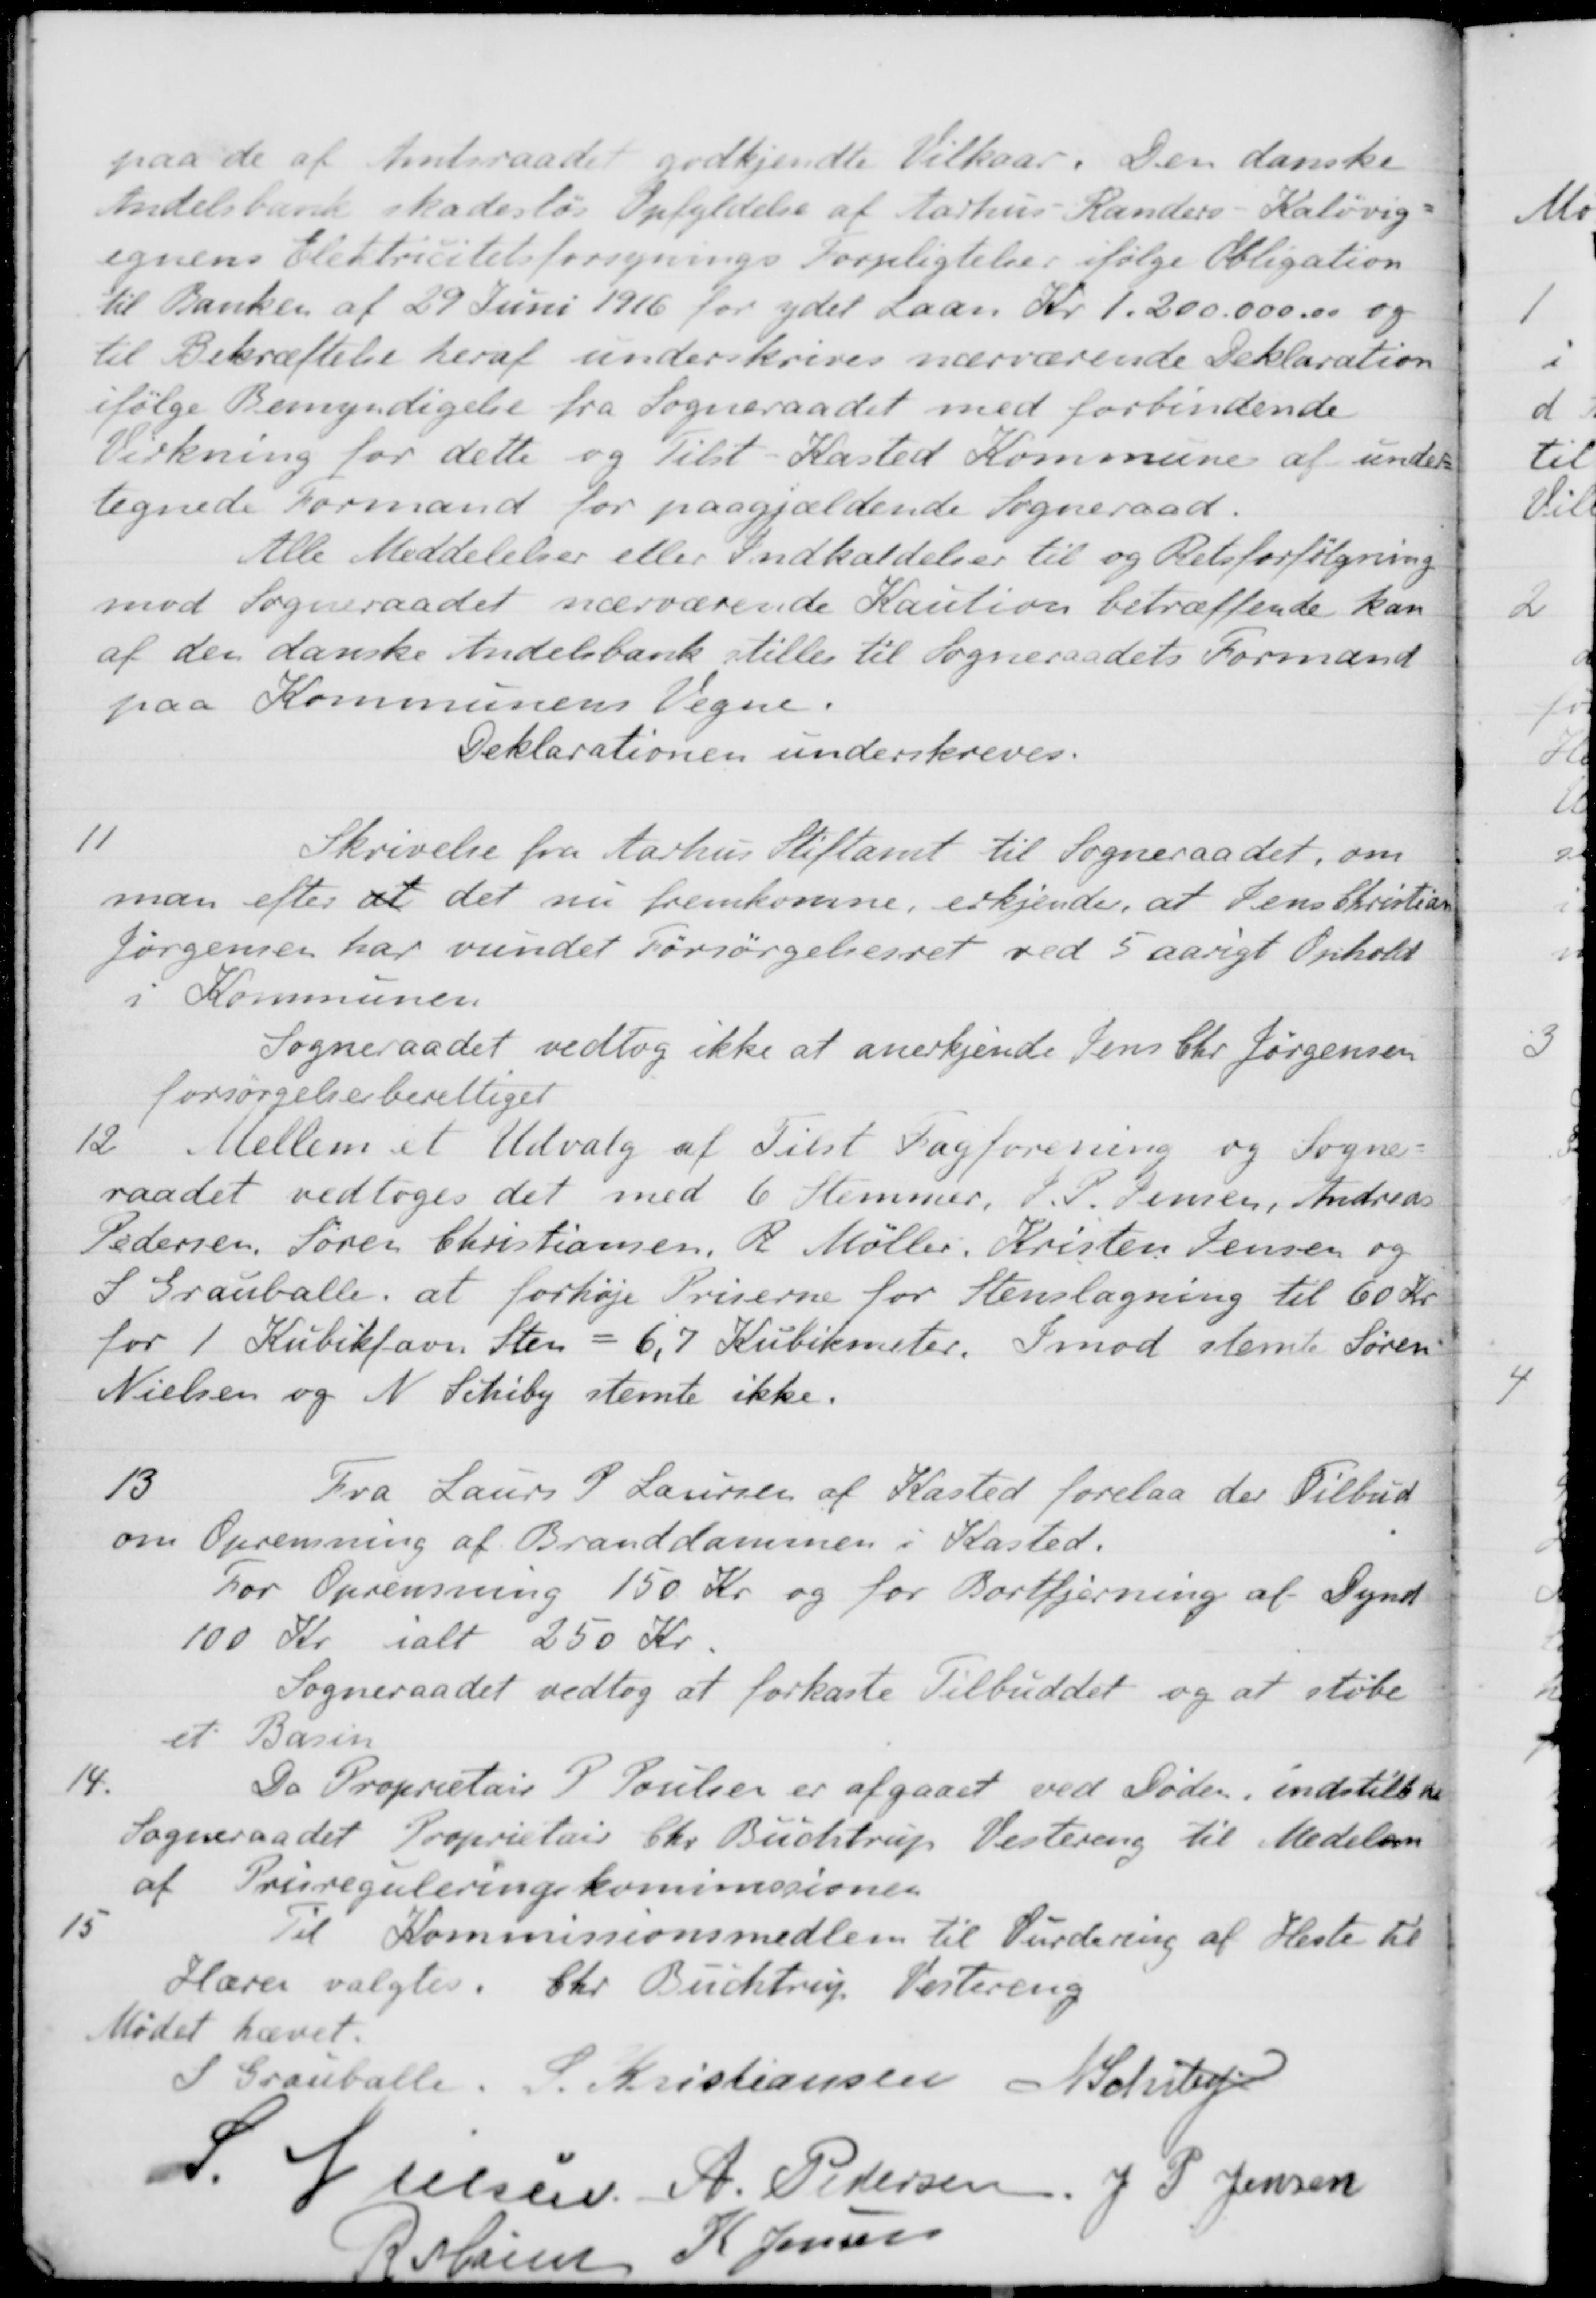
Transskription:
paa de af Amtsraadet godkjendte Vilkaar. Den danske
Andelsbank skadesløs Opfyldelse af Aarhus Randers - Kaløvig-
egnens Elektricitetsforsynings Forpligtelser ifølge Obligation
til Banken af 29 Juni 1916 for ydet Laan Kr 1.200.000.00 og
til Bekræftelse heraf underskrives nærværende Deklaration
ifølge Bemyndigelse fra Sogneraadet med forbindende
Virkning for dette og tilst-Kasted Kommune af under
tegnede Formand for paagjældende Sogneraad.
Alle Meddelelser eller Indkaldelser til og Retsforfølgning
mod Sogneraadet nærværende Kaution betræffende kan
af den danske Andelsbank stilles til Sogneraadets Formand
paa Kommunens Vegne.
Deklarationen underskreves.
11
Skrivelse fra Aarhus Stiftamt til Sogneraadet, om
man efter at det nu fremkomne, erkjender, at Jens Christian
Jørgensen har vundet Forsørgelsesret ved 5 aarigt Ophold
i Kommunen
Sogneraadet vedtog ikke at anerkjende Jens Chr Jørgensen
forsørgelsesberettiget
12.
Mellem et Udvalg af Tilst Fagforening og Sogne-
raadet vedtoges det med 6 Stemmer, J. P. Jensen, Andreas
Pedersen, Søren Christiansen, R. Møller, Kristen Jensen og
S Grauballe, at forhøje Priserne for Stenslagning til 60 Kr
for 1 Kubikfavn Sten = 6,7 Kubikmeter. Imod stemte Søren
Nielsen og N. Schiby stemte ikke.
13
Fra Laurs P Laursen af Kasted forelaa der Tilbud
om Oprensning af Branddammen i Kasted.
for Oprensning 150 Kr og for Bortfjerning af Dynd
100 Kr ialt 250 Kr.
Sogneraadet vedtog at forkaste Tilbuddet og at støbe
et Basin
14.
Da Proprietair P Poulsen er afgaaet ved Døden, indstillede
Sogneraadet Proprietair Chr. Buchtrup Vestereng til Medelem
af Prisreguleringskommissionen
15
Til Kommissionsmedlem til Vurdering af Heste til
Hæren valgtes: Chr. Buchtrup Vestereng
Mødet hævet.
S Grauballe.
S. Kristiansen
N. Schiby
S. Nielsen
A. Pedersen.
J. P. Jensen
R Møller
K Jensen